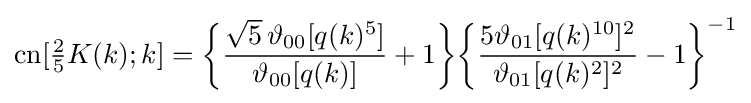
\operatorname {cn} [{\tfrac {2}{5}}K(k);k]={\biggl \{}{\frac {{\sqrt {5}}\,\vartheta _{00}[q(k)^{5}]}{\vartheta _{00}[q(k)]}}+1{\biggr \}}{\biggl \{}{\frac {5\vartheta _{01}[q(k)^{10}]^{2}}{\vartheta _{01}[q(k)^{2}]^{2}}}-1{\biggr \}}^{-1}